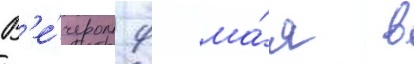
В'е́чером 9 ма́я в